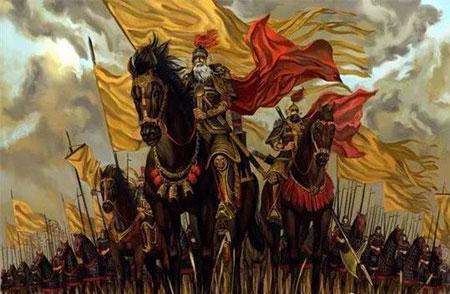
上兵伐谋，其次伐交，其次伐兵，其下攻城。